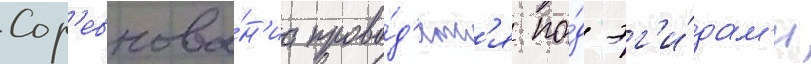
Сор'евнова́н'иа прово́д'ятс'я по́д эг'и́дам'и